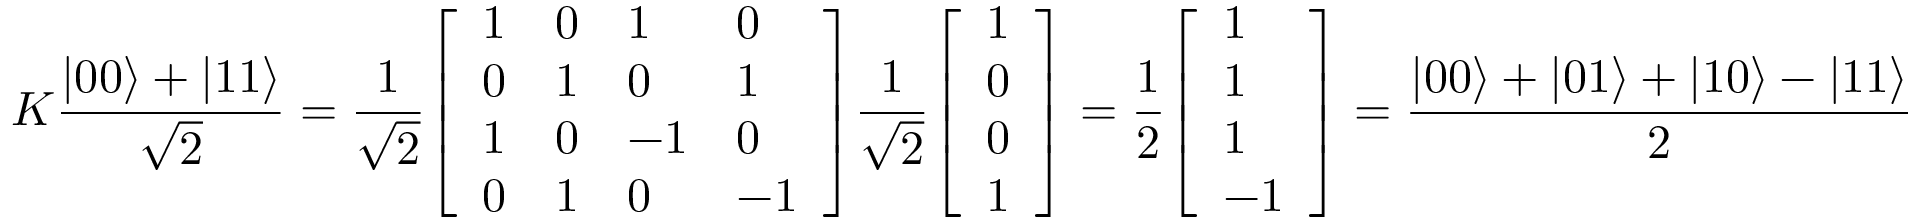
K { \frac { | 0 0 \rangle + | 1 1 \rangle } { \sqrt { 2 } } } = { \frac { 1 } { \sqrt { 2 } } } { \left[ \begin{array} { l l l l } { 1 } & { 0 } & { 1 } & { 0 } \\ { 0 } & { 1 } & { 0 } & { 1 } \\ { 1 } & { 0 } & { - 1 } & { 0 } \\ { 0 } & { 1 } & { 0 } & { - 1 } \end{array} \right] } { \frac { 1 } { \sqrt { 2 } } } { \left[ \begin{array} { l } { 1 } \\ { 0 } \\ { 0 } \\ { 1 } \end{array} \right] } = { \frac { 1 } { 2 } } { \left[ \begin{array} { l } { 1 } \\ { 1 } \\ { 1 } \\ { - 1 } \end{array} \right] } = { \frac { | 0 0 \rangle + | 0 1 \rangle + | 1 0 \rangle - | 1 1 \rangle } { 2 } }